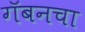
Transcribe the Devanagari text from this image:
गॅबनचा